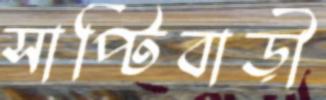
সাপ্টিবাড়ী